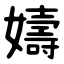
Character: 嬦